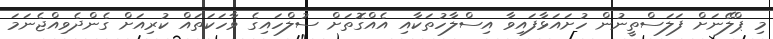
މި ޕްލޭނަށް ފަލަސްތީނުން ހުށައަޅާފައިވާ އިސްލާހުތަކާއި އެއްގޮތަށް ސުލްހައިގެ ވާހަކަތައް ކުރިއަށް ގެންދެވިއްޖެނަމަ